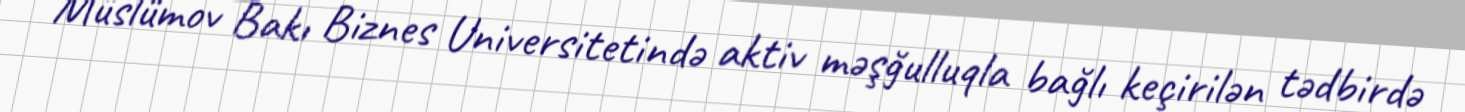
Müslümov Bakı Biznes Universitetində aktiv məşğulluqla bağlı keçirilən tədbirdə